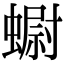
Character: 𧐇